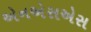
એનએસએસ